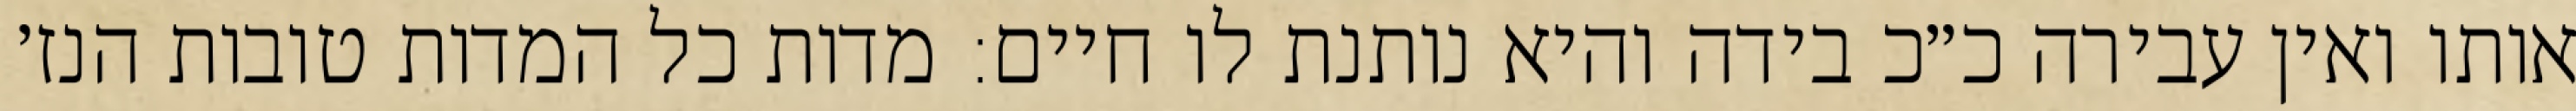
אותו ואין עבירה כ״כ בידה והיא נותנת לו חיים: מדות כל המדות טובות הנז׳